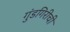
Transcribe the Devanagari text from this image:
गुंडगिरीची